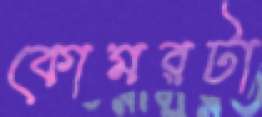
কোমরটা